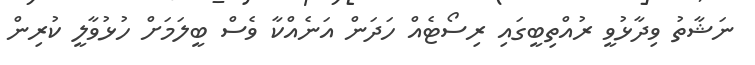
ނަޝާތު ވިދާޅުވީ ރުއްތިބީގައި ރިސޯޓެއް ހަދަން އަނެއްކާ ވެސް ބީލަމަށް ހުޅުވާލީ ކުރިން